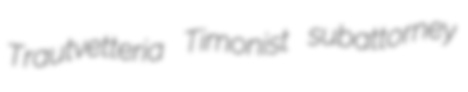
Trautvetteria Timonist subattorney